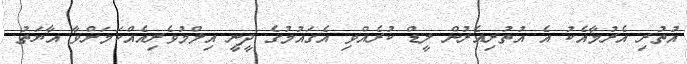
އުތުރި އެރުމާއެކު އެ އުތުރިއެރުން ލީޑް ކުރެއްވި އެގައުމުގެ ދީނީ އިލްމުވެރިއެއްކަމަށްވާ އާޔަތު